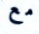
مع